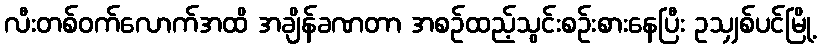
လီးတစ်ဝက်လောက်အထိ အချိန်ခဏတာ အစဉ်ထည့်သွင်းစဉ်းစားနေပြီး ဥသျှစ်ပင်မြို့